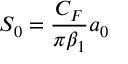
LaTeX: S _ { 0 } = \frac { C _ { F } } { \pi \beta _ { 1 } } a _ { 0 }